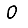
Digit: 0